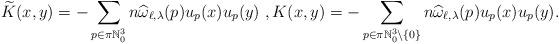
LaTeX: \begin{align*}\widetilde{K}(x,y) = - \sum_{p \in \pi\mathbb{N}_0^3} n\widehat{\omega}_{\ell,\lambda}(p) u_p(x)u_p(y) \ , K(x,y) = - \sum_{p \in \pi\mathbb{N}_0^3 \setminus \{0\}} n\widehat{\omega}_{\ell,\lambda}(p) u_p(x)u_p(y). \end{align*}